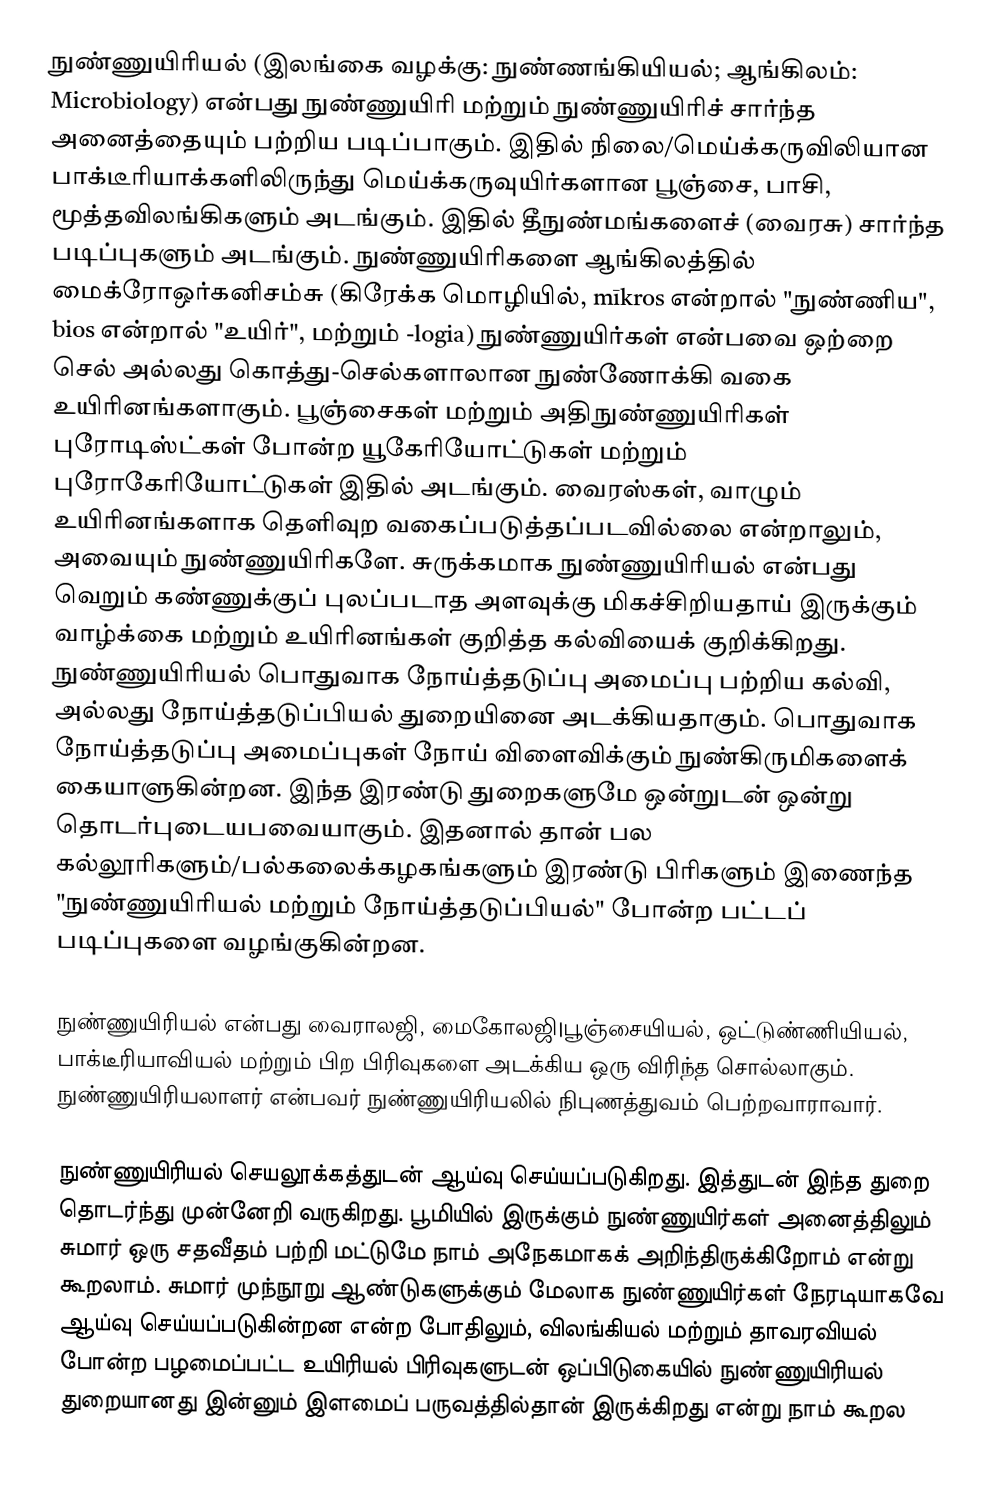
நுண்ணுயிரியல் (இலங்கை வழக்கு: நுண்ணங்கியியல்; ஆங்கிலம்: Microbiology) என்பது நுண்ணுயிரி மற்றும் நுண்ணுயிரிச் சார்ந்த அனைத்தையும் பற்றிய படிப்பாகும். இதில் நிலை/மெய்க்கருவிலியான பாக்டீரியாக்களிலிருந்து மெய்க்கருவுயிர்களான பூஞ்சை, பாசி, மூத்தவிலங்கிகளும் அடங்கும். இதில் தீநுண்மங்களைச் (வைரசு) சார்ந்த படிப்புகளும் அடங்கும். நுண்ணுயிரிகளை ஆங்கிலத்தில் மைக்ரோஒர்கனிசம்சு (கிரேக்க மொழியில், mīkros  என்றால் "நுண்ணிய", bios  என்றால் "உயிர்", மற்றும்  -logia)  நுண்ணுயிர்கள் என்பவை ஒற்றை செல் அல்லது கொத்து-செல்களாலான நுண்ணோக்கி வகை உயிரினங்களாகும்.  பூஞ்சைகள் மற்றும் அதிநுண்ணுயிரிகள் புரோடிஸ்ட்கள் போன்ற யூகேரியோட்டுகள் மற்றும் புரோகேரியோட்டுகள் இதில் அடங்கும். வைரஸ்கள், வாழும் உயிரினங்களாக தெளிவுற வகைப்படுத்தப்படவில்லை என்றாலும், அவையும் நுண்ணுயிரிகளே. சுருக்கமாக நுண்ணுயிரியல் என்பது வெறும் கண்ணுக்குப் புலப்படாத அளவுக்கு மிகச்சிறியதாய் இருக்கும் வாழ்க்கை மற்றும் உயிரினங்கள் குறித்த கல்வியைக் குறிக்கிறது. நுண்ணுயிரியல் பொதுவாக நோய்த்தடுப்பு அமைப்பு பற்றிய கல்வி, அல்லது நோய்த்தடுப்பியல் துறையினை அடக்கியதாகும். பொதுவாக நோய்த்தடுப்பு அமைப்புகள் நோய் விளைவிக்கும் நுண்கிருமிகளைக் கையாளுகின்றன. இந்த இரண்டு துறைகளுமே ஒன்றுடன் ஒன்று தொடர்புடையபவையாகும். இதனால் தான் பல கல்லூரிகளும்/பல்கலைக்கழகங்களும் இரண்டு பிரிகளும் இணைந்த "நுண்ணுயிரியல் மற்றும் நோய்த்தடுப்பியல்" போன்ற பட்டப் படிப்புகளை வழங்குகின்றன.

நுண்ணுயிரியல் என்பது வைராலஜி, மைகோலஜி|பூஞ்சையியல், ஒட்டுண்ணியியல், பாக்டீரியாவியல் மற்றும் பிற பிரிவுகளை அடக்கிய ஒரு விரிந்த சொல்லாகும். நுண்ணுயிரியலாளர் என்பவர் நுண்ணுயிரியலில் நிபுணத்துவம் பெற்றவாராவார்.

நுண்ணுயிரியல் செயலூக்கத்துடன் ஆய்வு செய்யப்படுகிறது. இத்துடன் இந்த துறை தொடர்ந்து முன்னேறி வருகிறது. பூமியில் இருக்கும் நுண்ணுயிர்கள் அனைத்திலும் சுமார் ஒரு சதவீதம் பற்றி மட்டுமே நாம் அநேகமாகக் அறிந்திருக்கிறோம் என்று கூறலாம்.  சுமார் முந்நூறு ஆண்டுகளுக்கும் மேலாக நுண்ணுயிர்கள் நேரடியாகவே ஆய்வு செய்யப்படுகின்றன என்ற போதிலும், விலங்கியல் மற்றும் தாவரவியல் போன்ற பழமைப்பட்ட உயிரியல் பிரிவுகளுடன் ஒப்பிடுகையில் நுண்ணுயிரியல் துறையானது இன்னும் இளமைப் பருவத்தில்தான் இருக்கிறது என்று நாம் கூறல